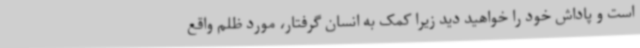
است و پاداش خود را خواهید دید زیرا کمک به انسان گرفتار، مورد ظلم واقع